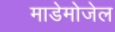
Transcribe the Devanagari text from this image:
माडेमोजेल